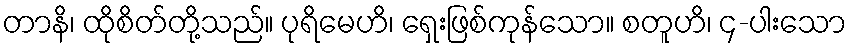
တာနိ၊ ထိုစိတ်တို့သည်။ ပုရိမေဟိ၊ ရှေးဖြစ်ကုန်သော။ စတူဟိ၊ ၄-ပါးသော